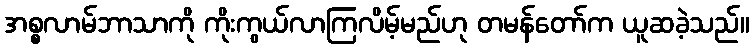
အစ္စလာမ်ဘာသာကို ကိုးကွယ်လာကြလိမ့်မည်ဟု တမန်တော်က ယူဆခဲ့သည်။